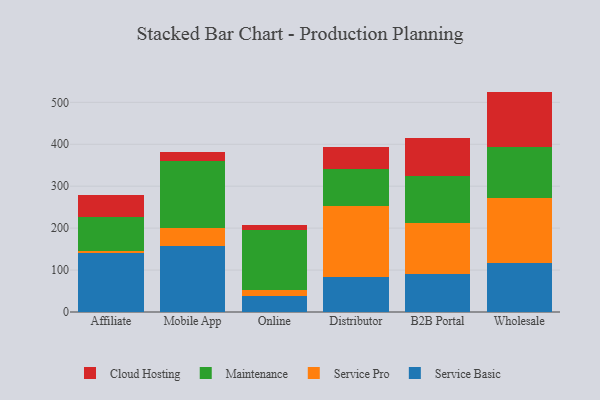
{"axis": {"x": "Channel", "y": "Conversion Rate (%)"}, "legend": ["Cloud Hosting", "Maintenance", "Service Basic", "Service Pro"], "data": [{"x": "Affiliate", "y": 140.7, "type": "Service Basic"}, {"x": "Affiliate", "y": 5.5, "type": "Service Pro"}, {"x": "Affiliate", "y": 80.4, "type": "Maintenance"}, {"x": "Affiliate", "y": 52.5, "type": "Cloud Hosting"}, {"x": "Mobile App", "y": 157.9, "type": "Service Basic"}, {"x": "Mobile App", "y": 42.8, "type": "Service Pro"}, {"x": "Mobile App", "y": 158.8, "type": "Maintenance"}, {"x": "Mobile App", "y": 22.3, "type": "Cloud Hosting"}, {"x": "Online", "y": 38.1, "type": "Service Basic"}, {"x": "Online", "y": 13.5, "type": "Service Pro"}, {"x": "Online", "y": 143.7, "type": "Maintenance"}, {"x": "Online", "y": 11.7, "type": "Cloud Hosting"}, {"x": "Distributor", "y": 84.3, "type": "Service Basic"}, {"x": "Distributor", "y": 167.9, "type": "Service Pro"}, {"x": "Distributor", "y": 89.1, "type": "Maintenance"}, {"x": "Distributor", "y": 51.8, "type": "Cloud Hosting"}, {"x": "B2B Portal", "y": 91.0, "type": "Service Basic"}, {"x": "B2B Portal", "y": 121.9, "type": "Service Pro"}, {"x": "B2B Portal", "y": 110.6, "type": "Maintenance"}, {"x": "B2B Portal", "y": 92.4, "type": "Cloud Hosting"}, {"x": "Wholesale", "y": 116.6, "type": "Service Basic"}, {"x": "Wholesale", "y": 156.0, "type": "Service Pro"}, {"x": "Wholesale", "y": 120.8, "type": "Maintenance"}, {"x": "Wholesale", "y": 132.2, "type": "Cloud Hosting"}]}